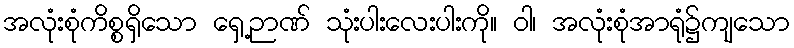
အလုံးစုံကိစ္စရှိသော ရှေ့ဉာဏ် သုံးပါးလေးပါးကို။ ဝါ၊ အလုံးစုံအာရုံ၌ကျသော